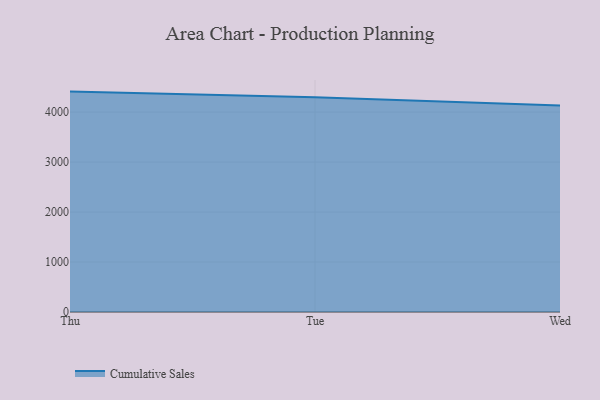
{"axis": {"x": "Day", "y": "Backlog"}, "legend": ["Cumulative Sales"], "data": [{"x": "Thu", "y": 4410.2, "type": "Cumulative Sales"}, {"x": "Tue", "y": 4297.7, "type": "Cumulative Sales"}, {"x": "Wed", "y": 4129.9, "type": "Cumulative Sales"}]}